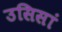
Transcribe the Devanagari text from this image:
उसिसां